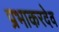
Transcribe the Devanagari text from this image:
प्रभाकरदेव